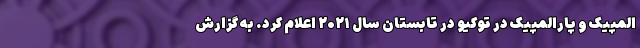
المپیک و پارالمپیک در توکیو در تابستان سال ۲۰۲۱ اعلام کرد. به گزارش